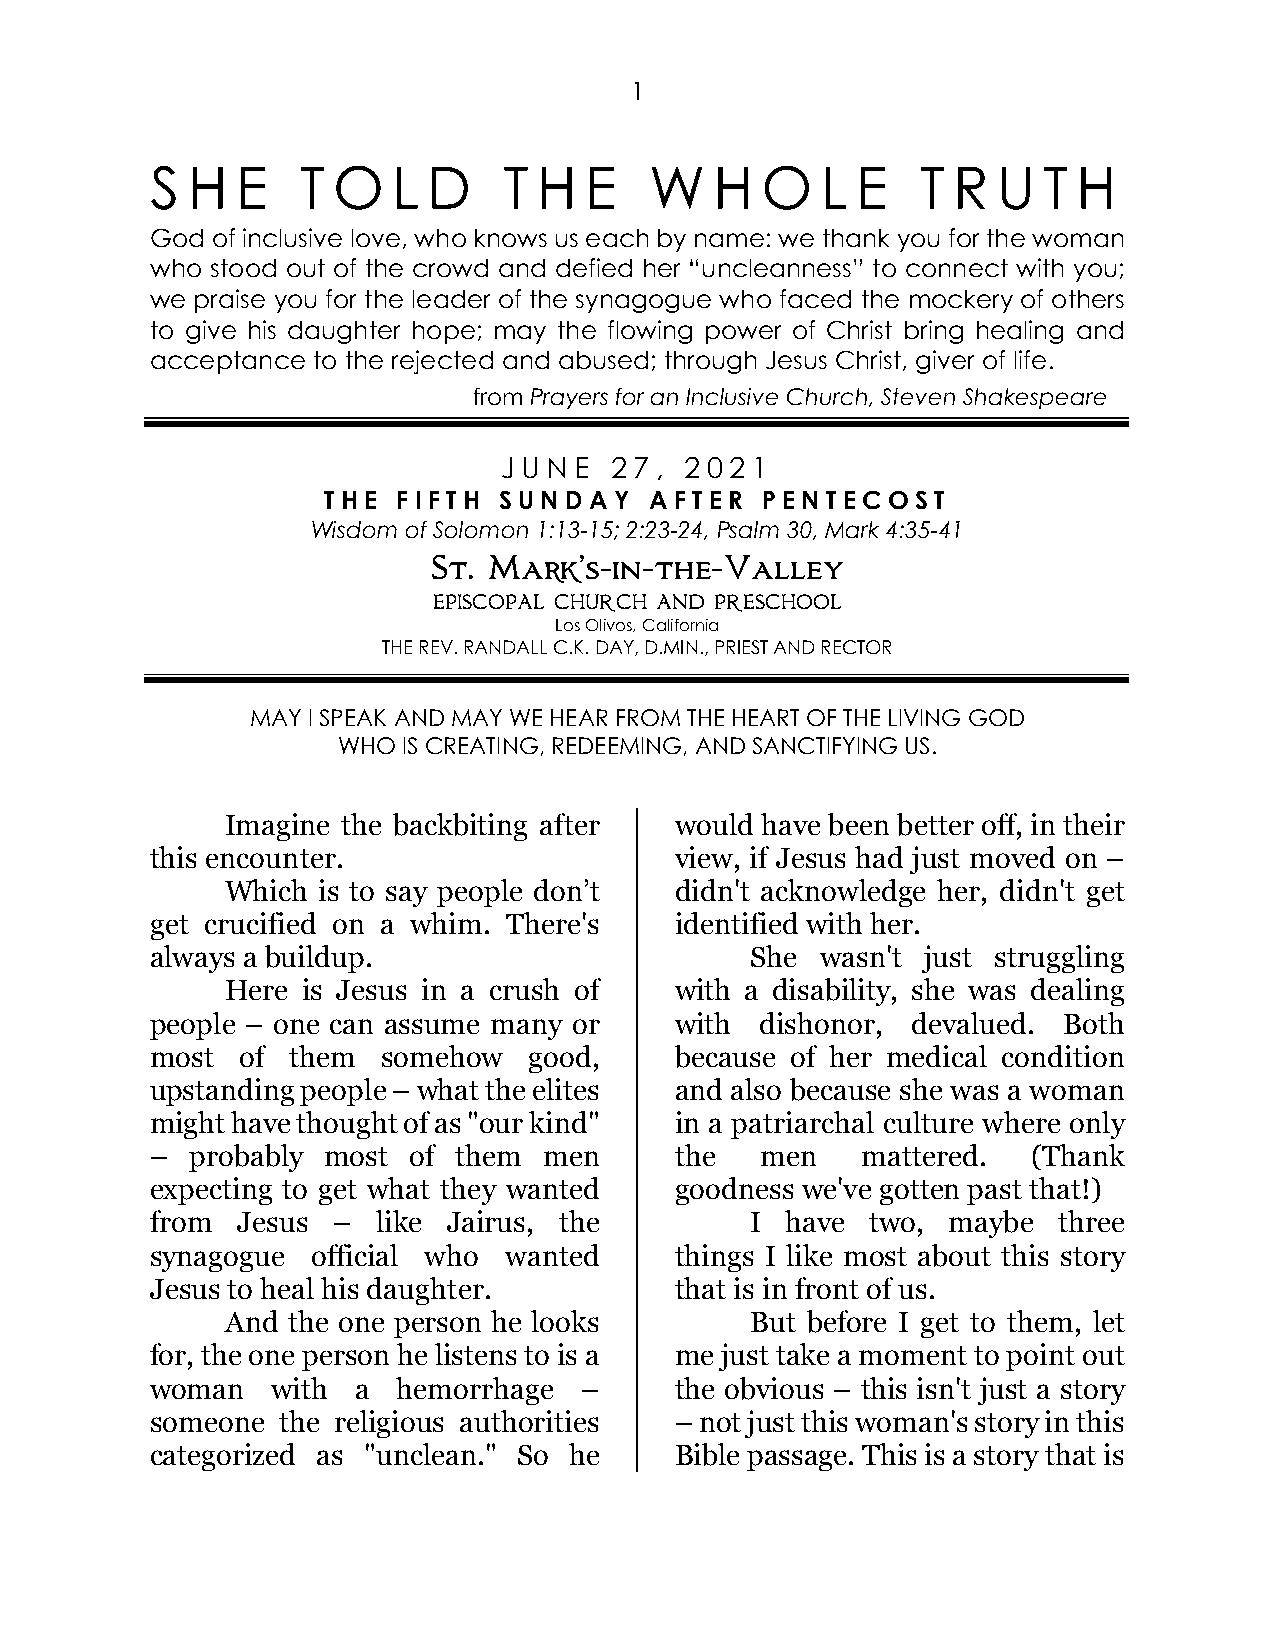
1
 S H   E   T O   L D    T  H  E   W   H  O   L  E   T R  U  T H
 God of inclusive love, who knows us each by name: we thank you for the woman
 who stood out of the crowd and defied her “uncleanness” to connect with you;
 we praise you for the leader of the synagogue who faced the mockery of others
 to give his daughter hope; may the flowing power of Christ bring healing and
 acceptance to the rejected and abused; through Jesus Christ, giver of life.
 from Prayers for an Inclusive Church, Steven Shakespeare
 J U N E 2 7 , 2 0 2 1
 THE  FIFTH  SUND  AY  AFTER  PENTECOST
 Wisdom of Solomon 1:13-15; 2:23-24, Psalm 30, Mark 4:35-41
 St. Mark’s-in-the-Valley
 EPISCOPAL CHURCH AND PRESCHOOL
 Los Olivos, California
 THE REV. RANDALL C.K. DAY, D.MIN., PRIEST AND RECTOR
 MAY I SPEAK AND MAY WE HEAR FROM THE HEART OF THE LIVING GOD
 WHO  IS CREATING, REDEEMING, AND SANCTIFYING US.
 Imagine the backbiting after  would have been better off, in their
 this encounter.                    view, if Jesus had just moved on –
 Which is to say people don’t  didn't acknowledge her, didn't get
 get crucified on a whim. There's   identified with her.
 always a buildup.                       She wasn't just struggling
 Here is Jesus in a crush of   with a disability, she was dealing
 people – one can assume many or    with dishonor, devalued. Both
 most  of them  somehow   good,     because of her medical condition
 upstanding people – what the elites and also because she was a woman
 might have thought of as "our kind" in a patriarchal culture where only
 –  probably most of them  men      the  men    mattered.  (Thank
 expecting to get what they wanted  goodness we've gotten past that!)
 from  Jesus –  like Jairus, the         I have  two, maybe  three
 synagogue  official who wanted     things I like most about this story
 Jesus to heal his daughter.        that is in front of us.
 And the one person he looks        But before I get to them, let
 for, the one person he listens to is a me just take a moment to point out
 woman   with  a hemorrhage  –      the obvious – this isn't just a story
 someone the religious authorities  – not just this woman's story in this
 categorized as "unclean." So he    Bible passage. This is a story that is